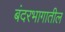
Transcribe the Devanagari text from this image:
बंदरभागातील